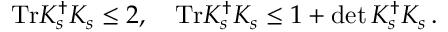
\mathrm { T r } K _ { s } ^ { \dagger } K _ { s } \leq 2 , \quad \mathrm { T r } K _ { s } ^ { \dagger } K _ { s } \leq 1 + \operatorname * { d e t } K _ { s } ^ { \dagger } K _ { s } \, .